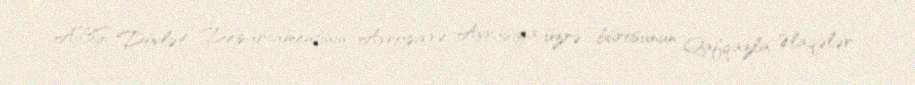
ABŞ Dövlət Departamentinin Avropa və Avrasiya üzrə bürosunun Qafqazla Əlaqələr